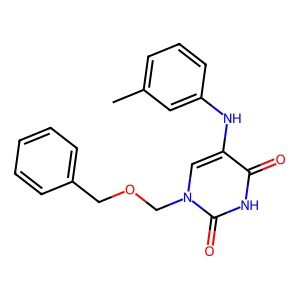
SMILES: Cc1cccc(Nc2cn(COCc3ccccc3)c(=O)[nH]c2=O)c1
Inhibits HIV replication: No